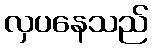
လှပနေသည်